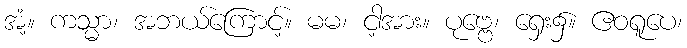
အံ့။ ကသ္မာ၊ အဘယ်ကြောင့်။ မမ၊ ငါ့အား။ ပုဗ္ဗေ၊ ရှေး၌။ ဧဝရူပေ၊